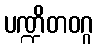
ပဏ္ဍိတဝဂ္ဂ